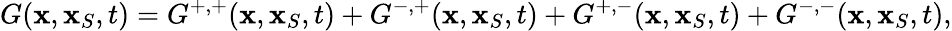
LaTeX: G({\mathbf x},{\mathbf x}_{S},t)=G^{+,+}({\mathbf x},{\mathbf x}_{S},t)+G^{-,+}({\mathbf x},{\mathbf x}_{S},t)+G^{+,-}({\mathbf x},{\mathbf x}_{S},t)+G^{-,-}({\mathbf x},{\mathbf x}_{S},t),